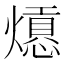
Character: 𤐾